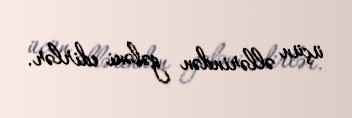
üçün əllərindən gələni edirlər.